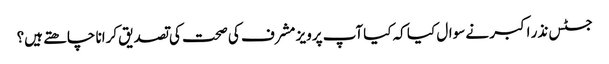
جسٹس نذر اکبر نے سوال کیا کہ کیاآپ پرویز مشرف کی صحت کی تصدیق کرانا چاھتے ہیں؟